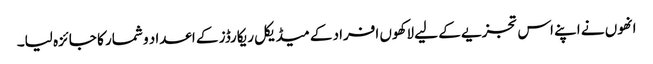
انھوں نے اپنے اس تجزیے کے لیے لاکھوں افراد کے میڈیکل ریکارڈز کے اعداد و شمار کا جائزہ لیا۔